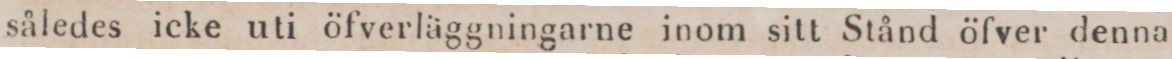
således icke uti öfverläggningarne inom sitt Stånd öfver denna